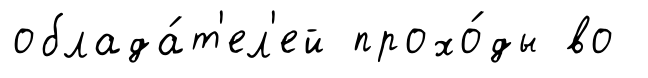
облада́т'ел'ей прохо́ды во